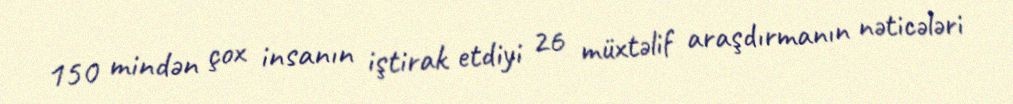
150 mindən çox insanın iştirak etdiyi 26 müxtəlif araşdırmanın nəticələri